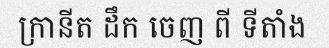
ក្រានីត ដឹក ចេញ ពី ទីតាំង